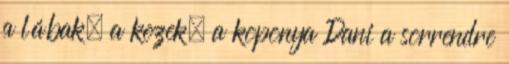
a lábak, a kezek, a koponya Dani a sorrendre